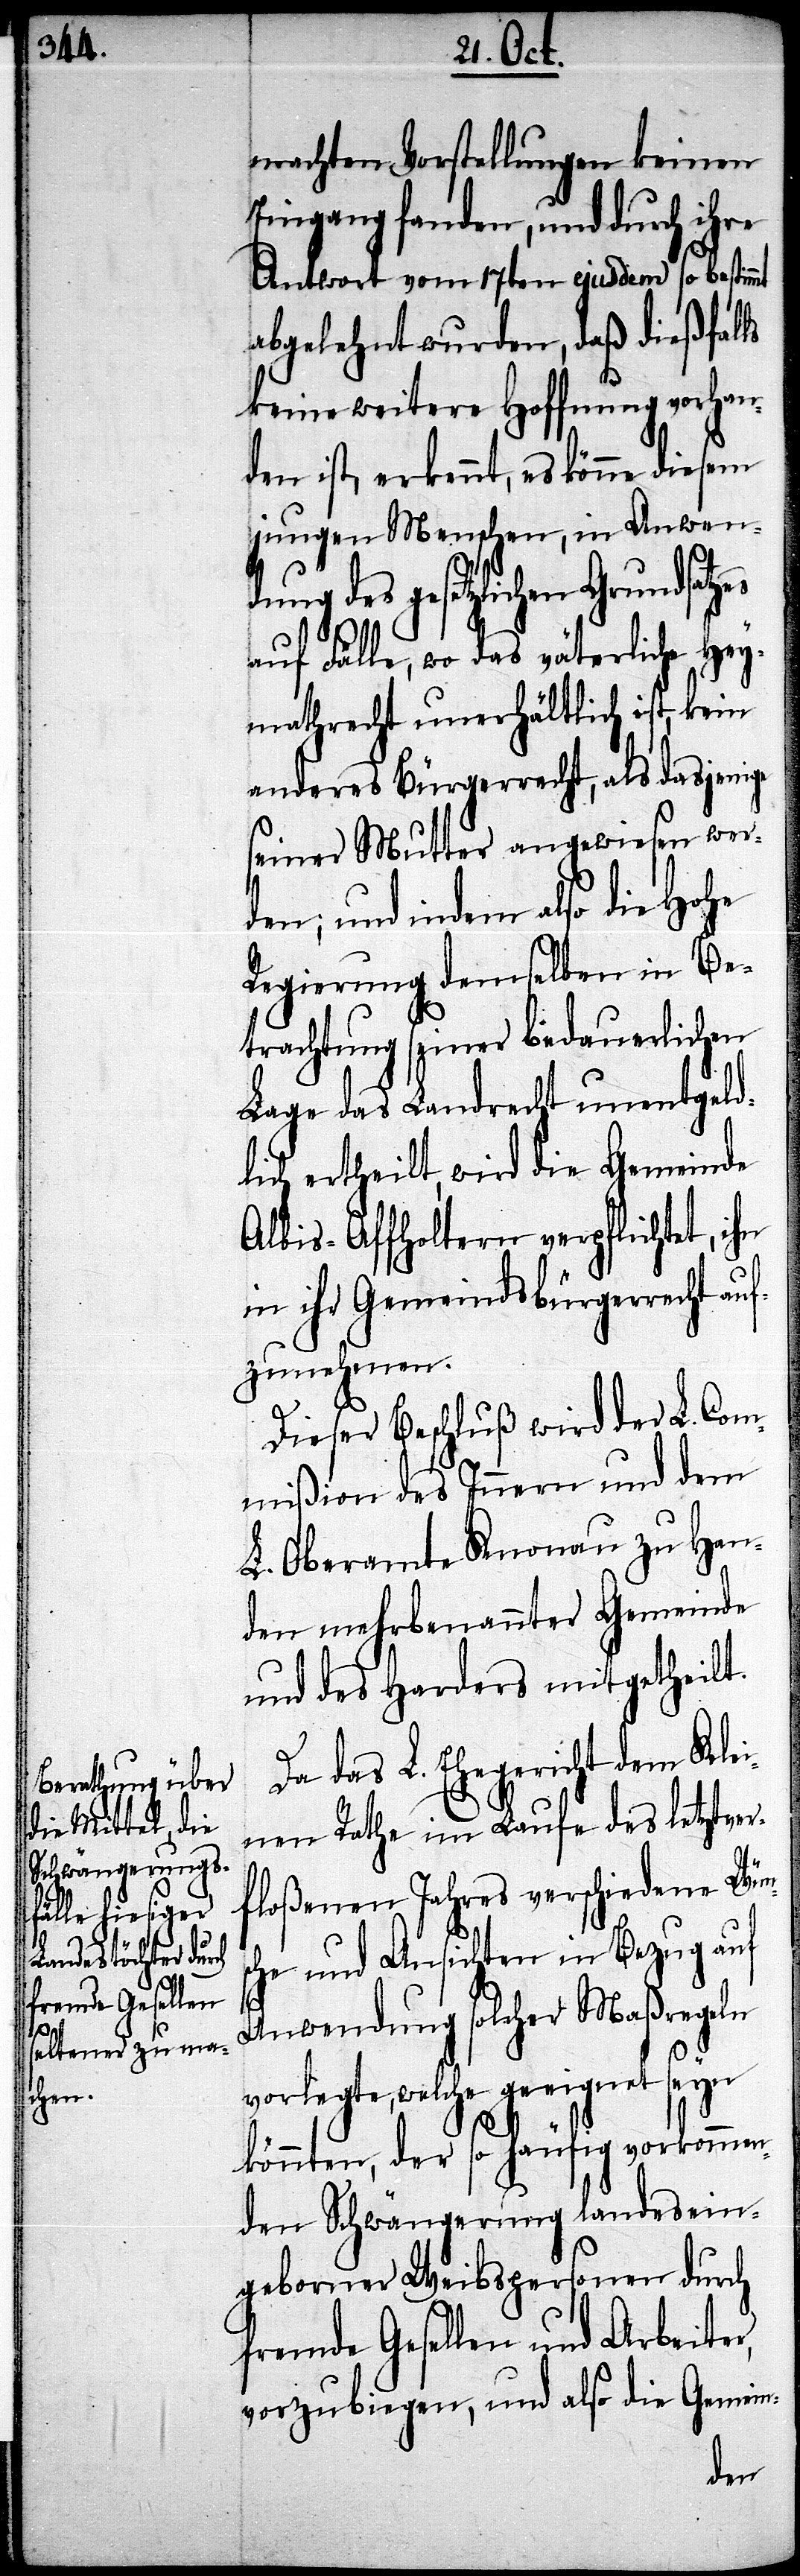
es

machten Vorstellungen keinen
Eingang fanden, und durch ihre
Antwort vom 17ten ejusdem so bestimmt
abgelehnt wurden, daß dießfalls
keine weitere Hoffnung vorhan¬
den ist, erkennt, es könne diesem
jungen Menschen, in Anwen¬
dung des gesetzlichen Grundsatz¬
auf Fälle, wo das väterliche Hey¬
mathrecht unerhältlich ist, kein
anderes Bürgerrecht, als dasjenige
seiner Mutter angewiesen werd¬
en; und indem also die hohe
Regierung demselben in Be¬
trachtung seiner bedauerlichen
Lage das Landrecht unentgeld¬
lich ertheilt, wird die Gemeinde
Albis-Affoltern verpflichtet,
in ihr Gemeindsbürgerrecht auf¬
zunehmen.
Dieser Beschluß wird der L. Com¬
mißion des Innern und dem
L. Oberamte Knonau zu Han¬
den mehrbenannter Gemeinde
und des Harders mitgetheilt.
Da das L. Ehegericht dem Klei¬
nen Rathe im Laufe des letztver¬
floßenen Jahres verschiedene Wün¬
che und Ansichten in Bezug auf
s¬
Anwendung solcher Maßregeln
vorlegte, welche geeignet seyn
könnten, der so häufig vorkommen¬
den Schwängerung landesein¬
geborner Weibspersonen durch
fremde Gesellen und Arbeiter,
vorzubiegen, und also die Gemein-